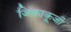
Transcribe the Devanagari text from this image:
जिंकाकूजी